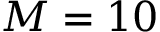
M = 1 0